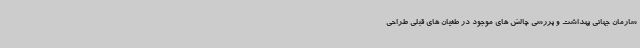
سارمان جهانی بهداشت و بررسی چالش های موجود در طغیان های قبلی طراحی